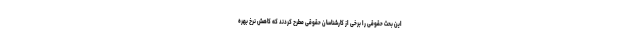
این بحث حقوقی را برخی از کارشناسان حقوقی مطرح کردند که کاهش نرخ بهره